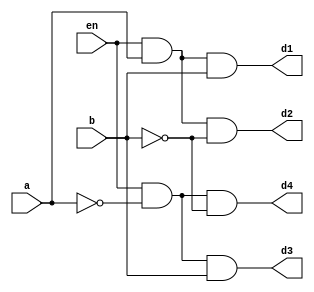
`timescale 1ns / 1ps
//////////////////////////////////////////////////////////////////////////////////
// Company: 
// 
// Design Name: 
// Module Name: Decoder2x4
// Project Name: 
// Target Devices: 
// Tool Versions: 
// Description: 
// 
// Dependencies: 
// 
// Revision:
// Revision 0.01 - File Created
// Additional Comments:
// 
//////////////////////////////////////////////////////////////////////////////////


module Decoder2x4(a,b,en,d1,d2,d3,d4);
input a,b,en;
output d1,d2,d3,d4;

assign 
    d4 = (en & ~a & ~b),
    d3 = (en & ~a & b),
    d2 = (en & a & ~b),
    d1 = (en & a & b);
    
endmodule